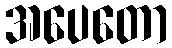
အပေတော